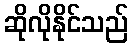
ဆိုလိုနိုင်သည်